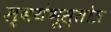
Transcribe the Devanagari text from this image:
स्वयंभूस्तोत्र